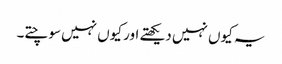
یہ کیوں نہیں دیکھتے اور کیوں نہیں سوچتے۔